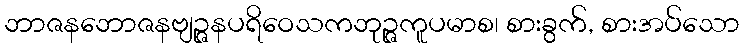
ဘာဇနဘောဇနဗျဉ္ဇနပရိဝေသကဘုဉ္ဇကူပမာစ၊ စားခွက်, စားအပ်သော